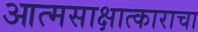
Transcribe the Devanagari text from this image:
आत्मसाक्षात्काराचा